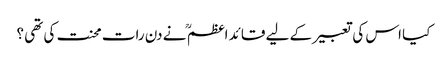
کیا اس کی تعبیر کے لیے قائد اعظم ؒ نے دن رات محنت کی تھی ؟